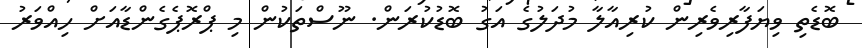
ބޮޑެތި ވިޔަފާރިވެރިން ކުރިއާލާ މުދަލުގެ އަގު ބޮޑުކުރަން. ނޫސްތަކުން މި ޕްރޮޕެގެންޑާއަށް ހިއްވަރު